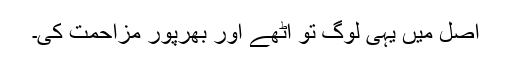
اصل میں یہی لوگ تو اُٹھے اور بھرپور مزاحمت کی۔